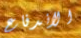
الاندفاع